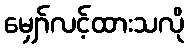
မျှော်လင့်ထားသလို